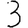
Digit: 3